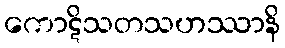
ကောဋိသတသဟဿာနိ